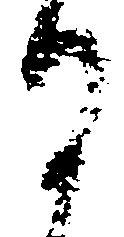
謹